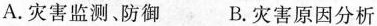
A.灾害监测、防御 B.灾害原因分析